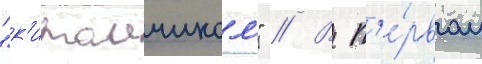
"к'итаичиком" // В п'е́рвом